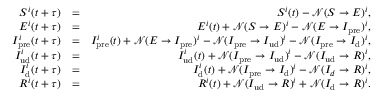
\begin{array} { r l r } { S ^ { i } ( t + \tau ) } & { = } & { S ^ { i } ( t ) - \mathcal { N } ( S \rightarrow E ) ^ { i } , } \\ { E ^ { i } ( t + \tau ) } & { = } & { E ^ { i } ( t ) + \mathcal { N } ( S \rightarrow E ) ^ { i } - \mathcal { N } ( E \rightarrow I _ { \mathrm { p r e } } ) ^ { i } , } \\ { I _ { \mathrm { p r e } } ^ { i } ( t + \tau ) } & { = } & { I _ { \mathrm { p r e } } ^ { i } ( t ) + \mathcal { N } ( E \rightarrow I _ { \mathrm { p r e } } ) ^ { i } - \mathcal { N } ( I _ { \mathrm { p r e } } \rightarrow I _ { \mathrm { u d } } ) ^ { i } - \mathcal { N } ( I _ { \mathrm { p r e } } \rightarrow I _ { \mathrm { d } } ) ^ { i } , } \\ { I _ { \mathrm { u d } } ^ { i } ( t + \tau ) } & { = } & { I _ { \mathrm { u d } } ^ { i } ( t ) + \mathcal { N } ( I _ { \mathrm { p r e } } \rightarrow I _ { \mathrm { u d } } ) ^ { i } - \mathcal { N } ( I _ { \mathrm { u d } } \rightarrow R ) ^ { i } , } \\ { I _ { \mathrm { d } } ^ { i } ( t + \tau ) } & { = } & { I _ { \mathrm { d } } ^ { i } ( t ) + \mathcal { N } ( I _ { \mathrm { p r e } } \rightarrow I _ { \mathrm { d } } ) ^ { i } - \mathcal { N } ( I _ { d } \rightarrow R ) ^ { i } , } \\ { R ^ { i } ( t + \tau ) } & { = } & { R ^ { i } ( t ) + \mathcal { N } ( I _ { \mathrm { u d } } \rightarrow R ) ^ { i } + \mathcal { N } ( I _ { \mathrm { d } } \rightarrow R ) ^ { i } . } \end{array}